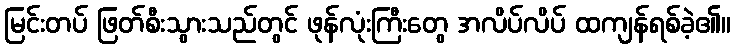
မြင်းတပ် ဖြတ်စီးသွားသည်တွင် ဖုန်လုံးကြီးတွေ အလိပ်လိပ် ထကျန်ရစ်ခဲ့၏။